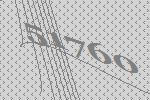
51760